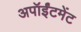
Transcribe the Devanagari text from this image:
अपॉईंटमेंट